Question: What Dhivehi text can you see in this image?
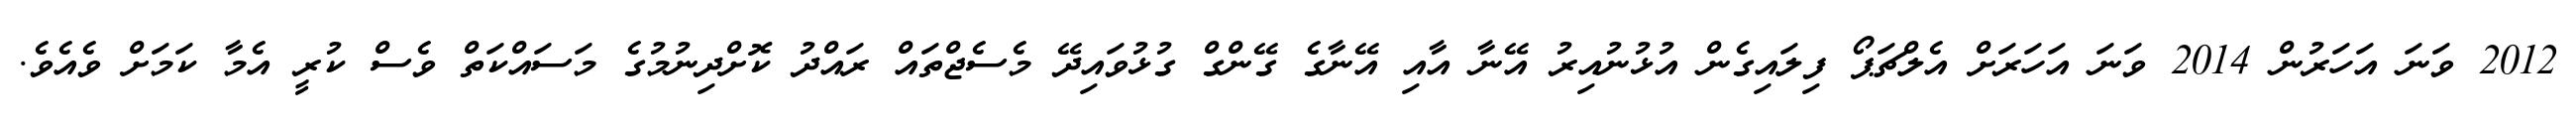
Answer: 2012 ވަނަ އަހަރުން 2014 ވަނަ އަހަރަށް އެލްޗަޕޯ ފިލައިގެން އުޅުނުއިރު އޭނާ އާއި އޭނާގެ ގޭންގް ގުޅުވައިދޭ މެސެޖްތައް ރައްދު ކޮށްދިނުމުގެ މަސައްކަތް ވެސް ކުރީ އެމާ ކަމަށް ވެއެވެ.